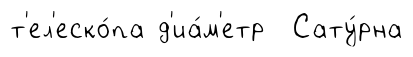
т'ел'еско́па д'иа́м'етр Сату́рна